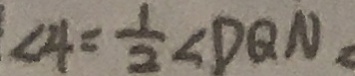
\angle 4 = \frac { 1 } { 2 } \angle D Q N